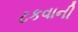
ટકવાની